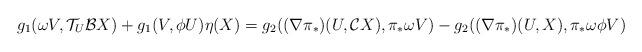
LaTeX: \begin{align*}g_{1}(\omega V,\mathcal{T}_{U}\mathcal{B}X)+g_{1}(V,\phi U)\eta (X)&=g_{2}((\nabla \pi_*)(U,\mathcal{C}X),\pi_*\omega V)-g_{2}((\nabla \pi_*)(U,X),\pi_*\omega\phi V)\end{align*}